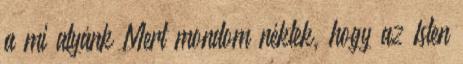
a mi atyánk Mert mondom néktek, hogy az Isten